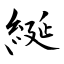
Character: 綖